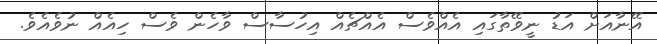
އޭނާއަށް އަޑު ނީވޭތާގައި އެއްވެސް އެއްޗެއް އިހުސާސް ވާހެން ވެސް ހިއެއް ނުވެއެވެ.